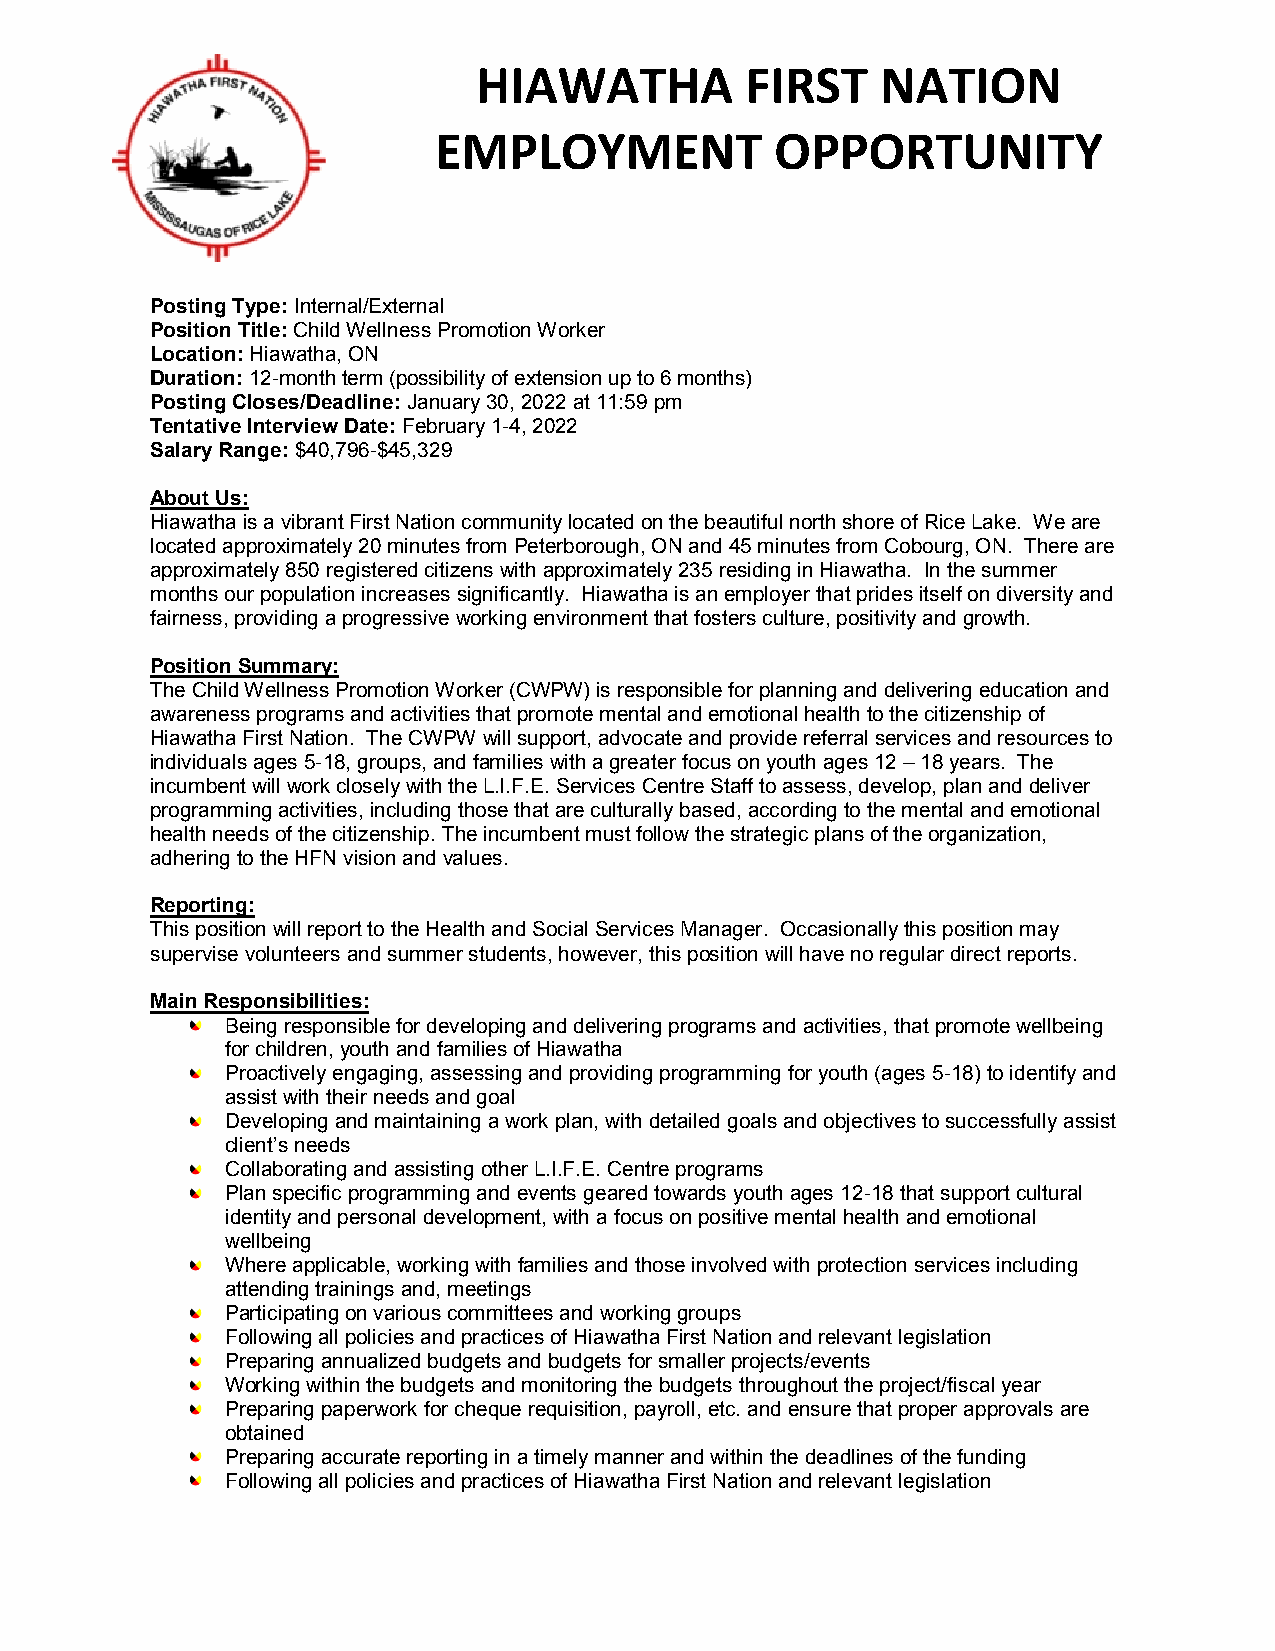
HIAWATHA         FIRST    NATION
 EMPLOYMENT            OPPORTUNITY
 Posting Type: Internal/External
 Position Title: Child Wellness Promotion Worker
 Location: Hiawatha, ON
 Duration: 12-month term (possibility of extension up to 6 months)
 Posting Closes/Deadline: January 30, 2022 at 11:59 pm
 Tentative Interview Date: February 1-4, 2022
 Salary Range: $40,796-$45,329
 About Us:
 Hiawatha is a vibrant First Nation community located on the beautiful north shore of Rice Lake. We are
 located approximately 20 minutes from Peterborough, ON and 45 minutes from Cobourg, ON. There are
 approximately 850 registered citizens with approximately 235 residing in Hiawatha. In the summer
 months our population increases significantly. Hiawatha is an employer that prides itself on diversity and
 fairness, providing a progressive working environment that fosters culture, positivity and growth.
 Position Summary:
 The Child Wellness Promotion Worker (CWPW) is responsible for planning and delivering education and
 awareness programs and activities that promote mental and emotional health to the citizenship of
 Hiawatha First Nation. The CWPW will support, advocate and provide referral services and resources to
 individuals ages 5-18, groups, and families with a greater focus on youth ages 12 – 18 years. The
 incumbent will work closely with the L.I.F.E. Services Centre Staff to assess, develop, plan and deliver
 programming activities, including those that are culturally based, according to the mental and emotional
 health needs of the citizenship. The incumbent must follow the strategic plans of the organization,
 adhering to the HFN vision and values.
 Reporting:
 This position will report to the Health and Social Services Manager. Occasionally this position may
 supervise volunteers and summer students, however, this position will have no regular direct reports.
 Main Responsibilities:
 Being responsible for developing and delivering programs and activities, that promote wellbeing
 for children, youth and families of Hiawatha
 Proactively engaging, assessing and providing programming for youth (ages 5-18) to identify and
 assist with their needs and goal
 Developing and maintaining a work plan, with detailed goals and objectives to successfully assist
 client’s needs
 Collaborating and assisting other L.I.F.E. Centre programs
 Plan specific programming and events geared towards youth ages 12-18 that support cultural
 identity and personal development, with a focus on positive mental health and emotional
 wellbeing
 Where applicable, working with families and those involved with protection services including
 attending trainings and, meetings
 Participating on various committees and working groups
 Following all policies and practices of Hiawatha First Nation and relevant legislation
 Preparing annualized budgets and budgets for smaller projects/events
 Working within the budgets and monitoring the budgets throughout the project/fiscal year
 Preparing paperwork for cheque requisition, payroll, etc. and ensure that proper approvals are
 obtained
 Preparing accurate reporting in a timely manner and within the deadlines of the funding
 Following all policies and practices of Hiawatha First Nation and relevant legislation